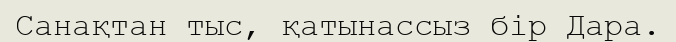
Санақтан тыс, қатынассыз бір Дара.